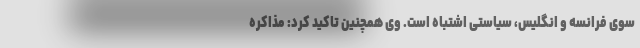
سوی فرانسه و انگلیس، سیاستی اشتباه است. وی همچنین تاکید کرد: مذاکره